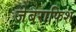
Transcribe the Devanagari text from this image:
जेबराफिश